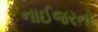
નાઈજરનો